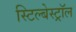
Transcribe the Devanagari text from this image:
स्टिल्बेस्ट्रॉल